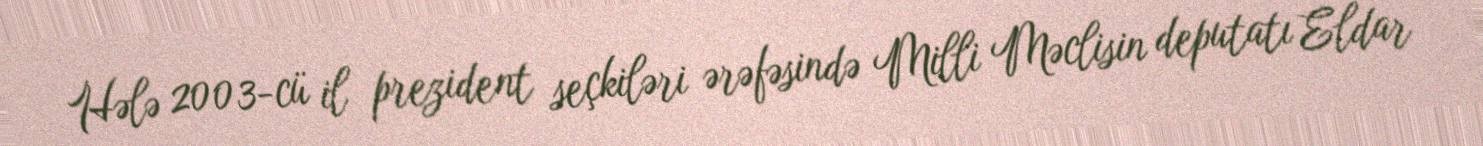
Hələ 2003-cü il prezident seçkiləri ərəfəsində Milli Məclisin deputatı Eldar